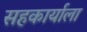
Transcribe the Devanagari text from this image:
सहकार्याला